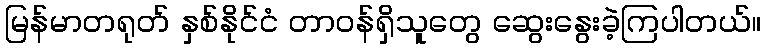
မြန်မာတရုတ် နှစ်နိုင်ငံ တာဝန်ရှိသူတွေ ဆွေးနွေးခဲ့ကြပါတယ်။